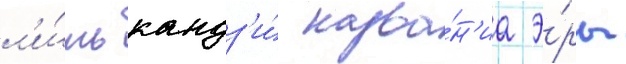
л'и́шь кандз'и́ назва́н'иа э́ры